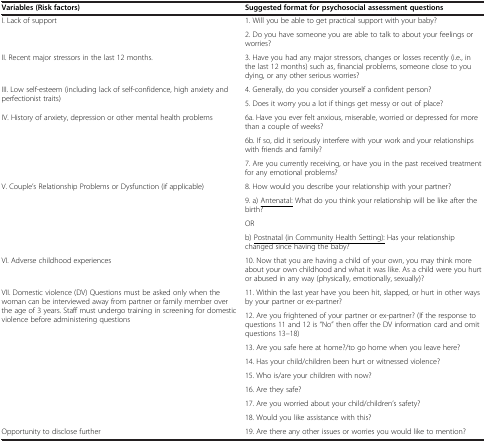
| Variables (Risk factors) | Suggested format for psychosocial assessment questions |
 | --- | --- |
 | <ROWSPAN=2> I. Lack of support | 1. Will you be able to get practical support with your baby? |
 | 2. Do you have someone you are able to talk to about your feelings or worries? |
 | II. Recent major stressors in the last 12 months. | 3. Have you had any major stressors, changes or losses recently (i.e., in the last 12 months) such as, financial problems, someone close to you dying, or any other serious worries? |
 | <ROWSPAN=2> III. Low self-esteem (including lack of self-confidence, high anxiety and perfectionist traits) | 4. Generally, do you consider yourself a confident person? |
 | 5. Does it worry you a lot if things get messy or out of place? |
 | <ROWSPAN=3> IV. History of anxiety, depression or other mental health problems | 6a. Have you ever felt anxious, miserable, worried or depressed for more than a couple of weeks? |
 | 6b. If so, did it seriously interfere with your work and your relationships with friends and family? |
 | 7. Are you currently receiving, or have you in the past received treatment for any emotional problems? |
 | <ROWSPAN=4> V. Couple’s Relationship Problems or Dysfunction (if applicable) | 8. How would you describe your relationship with your partner? |
 | 9. a) <underline>Antenatal:</underline> What do you think your relationship will be like after the birth? |
 | OR |
 | b) <underline>Postnatal (in Community Health Setting):</underline> Has your relationship changed since having the baby? |
 | VI. Adverse childhood experiences | 10. Now that you are having a child of your own, you may think more about your own childhood and what it was like. As a child were you hurt or abused in any way (physically, emotionally, sexually)? |
 | <ROWSPAN=8> VII. Domestic violence (DV) Questions must be asked only when the woman can be interviewed away from partner or family member over the age of 3 years. Staff must undergo training in screening for domestic violence before administering questions | 11. Within the last year have you been hit, slapped, or hurt in other ways by your partner or ex-partner? |
 | 12. Are you frightened of your partner or ex-partner? (If the response to questions 11 and 12 is “No” then offer the DV information card and omit questions 13–18) |
 | 13. Are you safe here at home?/to go home when you leave here? |
 | 14. Has your child/children been hurt or witnessed violence? |
 | 15. Who is/are your children with now? |
 | 16. Are they safe? |
 | 17. Are you worried about your child/children’s safety? |
 | 18. Would you like assistance with this? |
 | Opportunity to disclose further | 19. Are there any other issues or worries you would like to mention? |